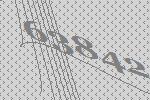
63842